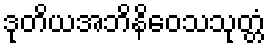
ဒုတိယအဘိနိဝေသသုတ္တံ